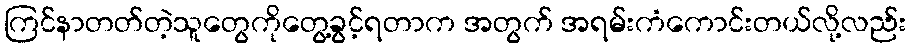
ကြင်နာတတ်တဲ့သူတွေကိုတွေ့ခွင့်ရတာက အတွက် အရမ်းကံကောင်းတယ်လို့လည်း